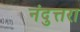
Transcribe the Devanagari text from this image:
नंदुत्तरा